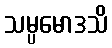
သမ္ပမောဒသိ